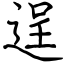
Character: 逞